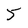
Character: 5